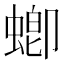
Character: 蝍